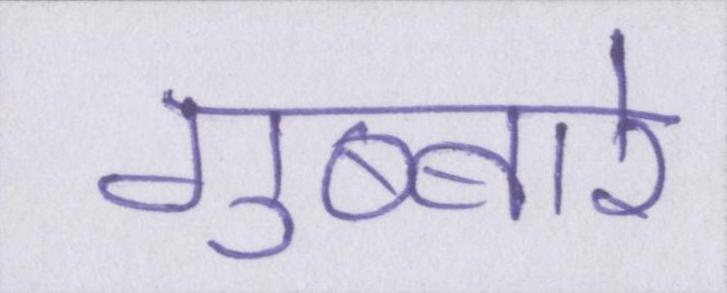
गुब्बारे